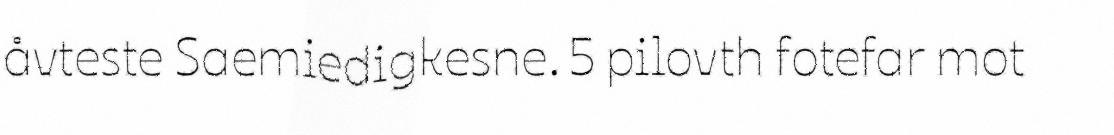
åvteste Saemiedigkesne. 5 pilovth fotefar mot